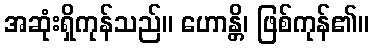
အဆုံးရှိကုန်သည်။ ဟောန္တိ၊ ဖြစ်ကုန်၏။